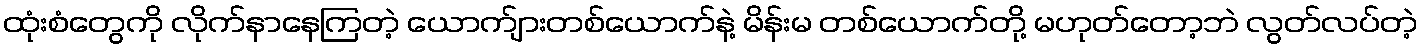
ထုံးစံတွေကို လိုက်နာနေကြတဲ့ ယောက်ျားတစ်ယောက်နဲ့ မိန်းမ တစ်ယောက်တို့ မဟုတ်တော့ဘဲ လွတ်လပ်တဲ့